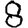
Digit: 8